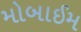
મોબાઈમ